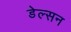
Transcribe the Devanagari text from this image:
डेल्सन